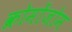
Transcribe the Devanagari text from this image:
क्रोमोंजोम